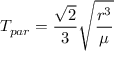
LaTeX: T _ { p a r } = { \frac { \sqrt { 2 } } { 3 } } { \sqrt { \frac { r ^ { 3 } } { \mu } } }